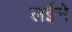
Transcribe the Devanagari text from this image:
लईने